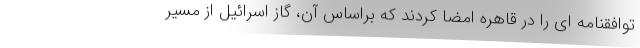
توافقنامه ای را در قاهره امضا کردند که براساس آن، گاز اسرائیل از مسیر